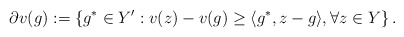
\begin{align*}\partial v(g):= \left\{ g^*\in Y' : v(z) - v(g)\geq \langle g^*, z - g\rangle, \forall z\in Y\right\}.\end{align*}